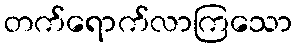
တက်ရောက်လာကြသော